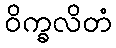
ဝိက္ခလိတံ